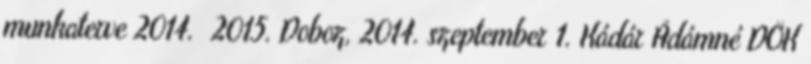
munkaterve 2014. 2015. Doboz, 2014. szeptember 1. Kádár Ádámné DÖK